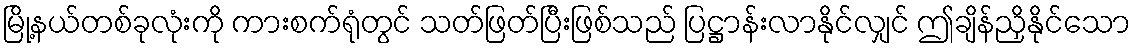
မြို့နယ်တစ်ခုလုံးကို ကားစက်ရုံတွင် သတ်ဖြတ်ပြီးဖြစ်သည် ပြဋ္ဌာန်းလာနိုင်လျှင် ဤချိန်ညှိနိုင်သော